Civil Veterinary Department Bihar reports 1940-50 - 1940-1950
Year: 1940
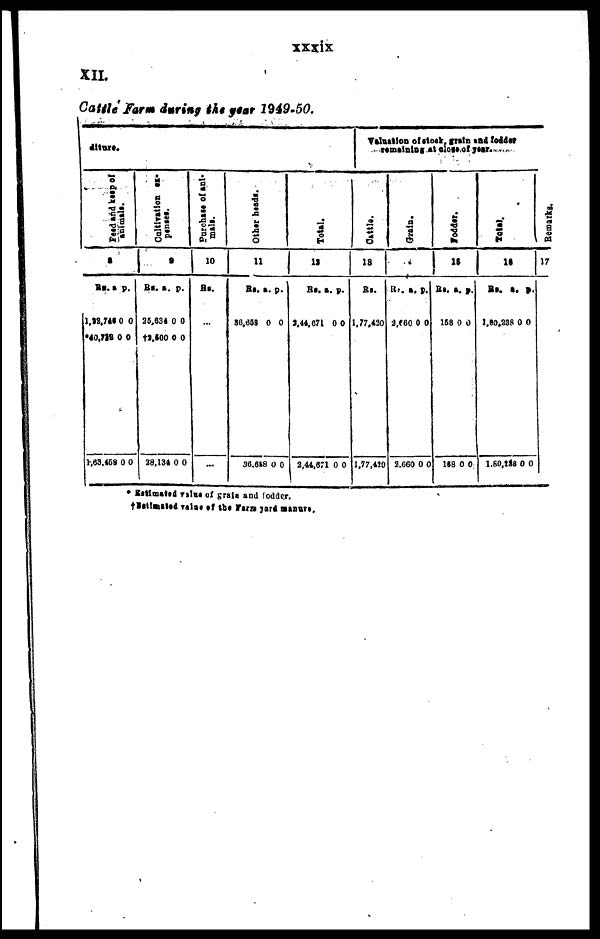
xxxix
XII.
Cattle Farm during the year 1949-50.
diture.
Feed
and
keep of
animals.
8
Rs. a. p.
1,32,746 0 0
*40,712 0 0
1,63.458 0 0
Cultivation ex-
penses.
9
Rs. a. p.
36,834 0 0
†2,600 0 0
38,134 0 0
Purchase
of ani-
mals.
10
Rs.
...
Other heads.
11
Rs. a. p.
36,658 0 0
36,648 0 0
Totol.
12
Rs. a. p.
2,44,671 0 0
2,44,671 0 0
Valuation
of stock, grain and fodder
remaining at close of year.
Cattle.
13
Rs.
1,77,420
1,77,420
Grain.
14
Rs. a. p.
2,660 0 0
2,660 0 0
Fodder.
15
Rs. a. p.
158 0 0
168 0 0
Tolal.
16
Rs. a. p.
1,50,238 0 0
1,50,238 0 0
Remarks.
17
|
* Estimated valus of grain and odder.
†Estimated valus of the Farm yard manors.